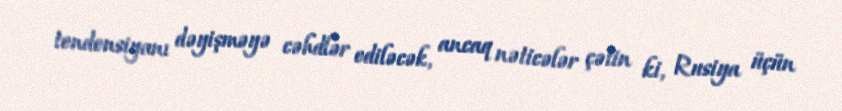
tendensiyanı dəyişməyə cəhdlər ediləcək, ancaq nəticələr çətin ki, Rusiya üçün